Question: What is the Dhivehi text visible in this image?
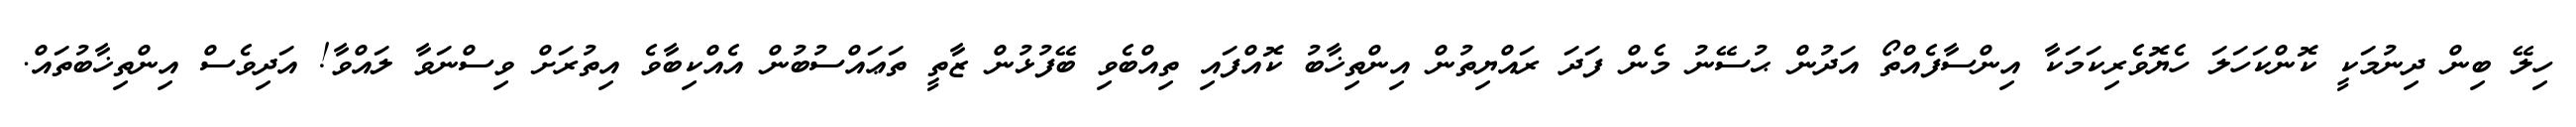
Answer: ހިލޭ ބިން ދިނުމަކީ ކޮންކަހަލަ ހެޔޮވެރިކަމަކާ އިންސާފެއްތޯ އަދުން ޙުސޭނު މެން ފަދަ ރައްޔިތުން އިންތިޚާބު ކޮއްފައި ތިއްބެވި ބޭފުޅުން ޒާތީ ތަޢައްސުބުން އެއްކިބާވެ އިތުރަށް ވިސްނަވާ ލައްވާ! އަދިވެސް އިންތިޚާބުތައް.